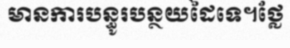
មានការបន្ធូរបន្ថយដៃទេ។ថ្លែ